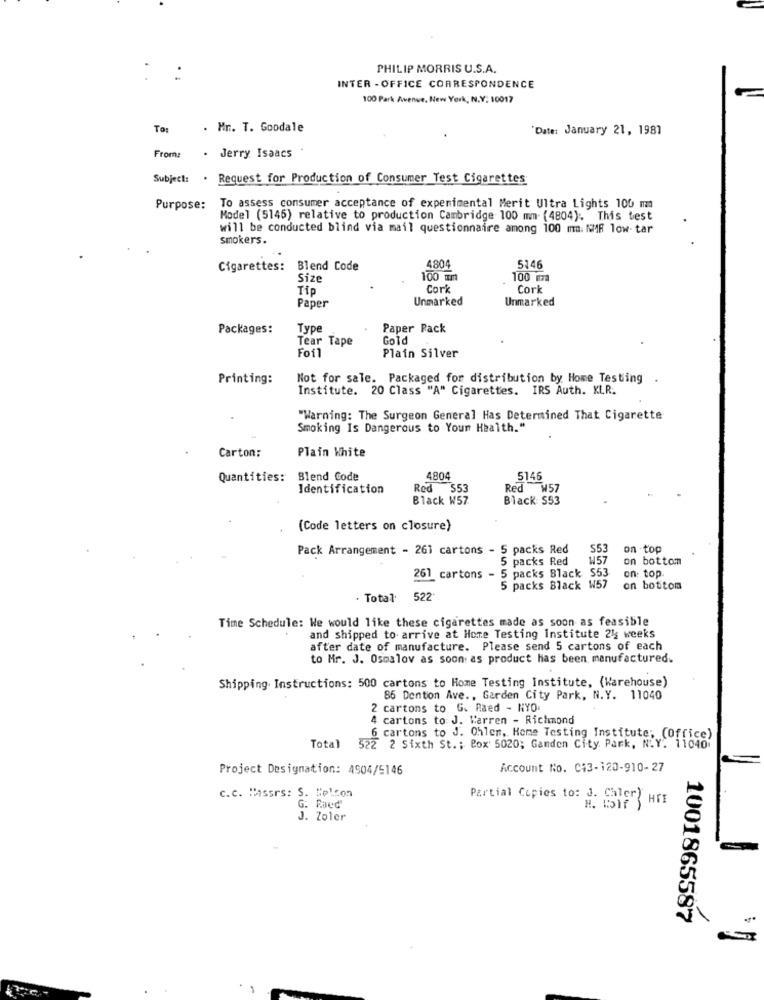
.
PHILIP MORRIS U.S.A.
:
INTER - OFFICE CORRESPONDENCE
100 Park Avenue, New York, N.Y. 10017
To:
. Mr. T. Goodale
"Date: January 21, 1987
From:
. Jerry Isaacs
Subject:
. Request for Production of Consumer Test Cigarettes
Purpose:
To assess consumer acceptance of experimental Merit Ultra Lights 100 m
Model (5146) relative to production Cambridge 100 mm (4804). This test
will be conducted blind via mail questionnaire among 100 mn. NMR low- tar
smokers.
Cigarettes:
Blend Code
4804
5146
Siz
100 um
100 m
Tip
Cork
Cork
Unmarked
Unmarked
Paper
Packages:
Type
Paper Pack
Tear Tape
Gold
Foil
Plain Silver
Printing:
Not for sale. Packaged for distribution by Home Testing .
Institute. 20 Class "A" Cigarettes. IRS Auth. KLR.
"Warning: The Surgeon General Has Determined That Cigarette
Smoking Is Dangerous to Your Health."
Plain White
Carton:
Quantities: Blend Code
4804
5146
Identification
Red 553
Red W57
Black W57
Black: S53
(Code letters on closure)
Pack Arrangement - 261 cartons - 5 packs Red
S53
on top
5 packs Red
W57
on bottom
on: top.
261 cartons - 5 packs Black S53
5 packs Black W57
on bottom
. Total'
522
Time Schedule: We would like these cigarettes made as soon as feasible
and shipped to arrive at Home Testing institute 24 weeks
after date of manufacture. Please send 5 cartons of each
to Mr. J. Osmalov as soon as product has been manufactured.
Shipping. Instructions: 500 cartons to Home Testing Institute, (Warehouse)
86 Denton Ave ., Garden City Park, N.Y. 11040
2 cartons to G. Raed - NYO.
4 cartons to: J. Warren - Richmond
6 cartons to J. Ohlen, Home Testing Institute; (Office)
Total 522 2 Sixth St .; Box 5020; Ganden City Park, N.Y. 11040
Project Designation: 4904/5146
Account No. 043-120-910-27
C.c. Messrs: S. Helcon
Partial Copies to: J. ChlerY HTE
G. Raed
H. 15IF
J. Zoler
1001865587